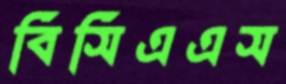
বিসিএএস